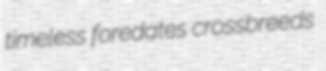
timeless foredates crossbreeds